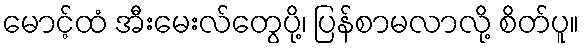
မောင့်ထံ အီးမေးလ်တွေပို့၊ ပြန်စာမလာလို့ စိတ်ပူ။